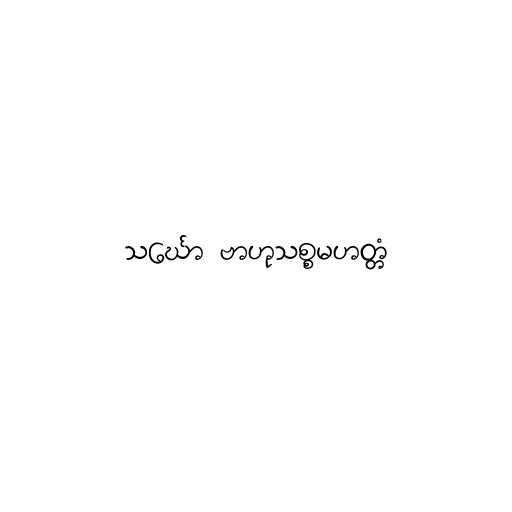
သင်္ဃော ဗာဟုသစ္စမဟတ္တံ